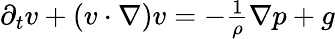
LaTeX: \begin{array}{r}{\partial_{t}v+(v\cdot\nabla)v=-\frac{1}{\rho}\nabla p+g}\end{array}